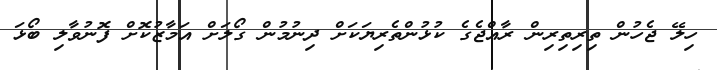
ހިލޭ ޖެހުން ތިރިތިރިން ރާއްޖެގެ ކުޅުންތެރިޔަކަށް ދިނުމުން ގޯލަށް އަމާޒުކޮށް ފޮނުވާލި ބޯޅަ